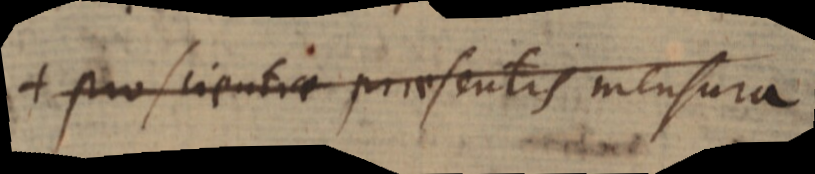
+ pro scientiae praesentis mensura